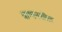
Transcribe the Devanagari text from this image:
बाष्पनशील